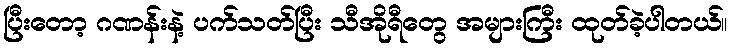
ပြီးတော့ ဂဏန်းနဲ့ ပက်သတ်ပြီး သီအိုရီတွေ အများကြီး ထုတ်ခဲ့ပါတယ်။